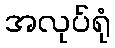
အလုပ်ရုံ